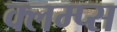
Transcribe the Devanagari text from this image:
क्लम्प्स